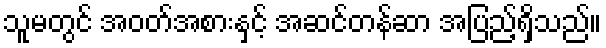
သူမတွင် အဝတ်အစားနှင့် အဆင်တန်ဆာ အပြည့်ရှိသည်။